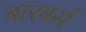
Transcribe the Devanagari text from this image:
बारबर्स